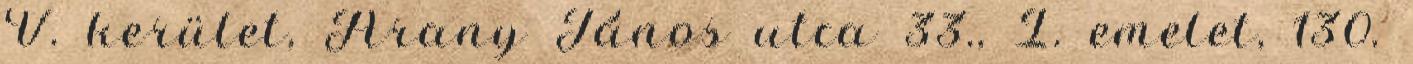
V. kerület, Arany János utca 33., I. emelet, 130.